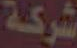
شركة